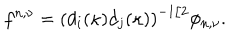
f ^ { n , \nu } = \left( d _ { i } ( \kappa ) d _ { j } ( \kappa ) \right) ^ { - 1 / 2 } \phi _ { n , \nu } .